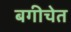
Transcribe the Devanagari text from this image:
बगीचेत